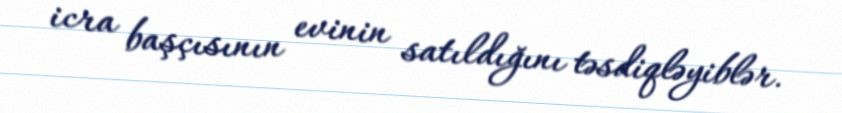
icra başçısının evinin satıldığını təsdiqləyiblər.